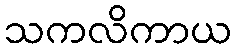
သကလိကာယ